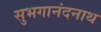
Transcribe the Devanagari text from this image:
सुभगानंदनाथ